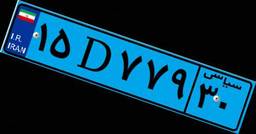
۱۵D۷۷۹۳۰